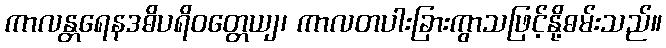
ကာလန္တရေနဒဓိပရိဝတ္တေယျ၊ ကာလတပါးခြားကွာသဖြင့်နို့ဓမ်းသည်။